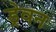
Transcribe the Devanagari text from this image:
ड्रेवन